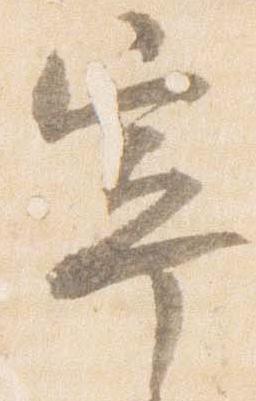
寧